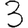
Digit: 3